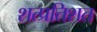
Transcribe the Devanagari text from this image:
शत्प्रतिशत